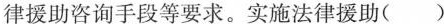
律援助咨询手段等要求。实施法律援助()